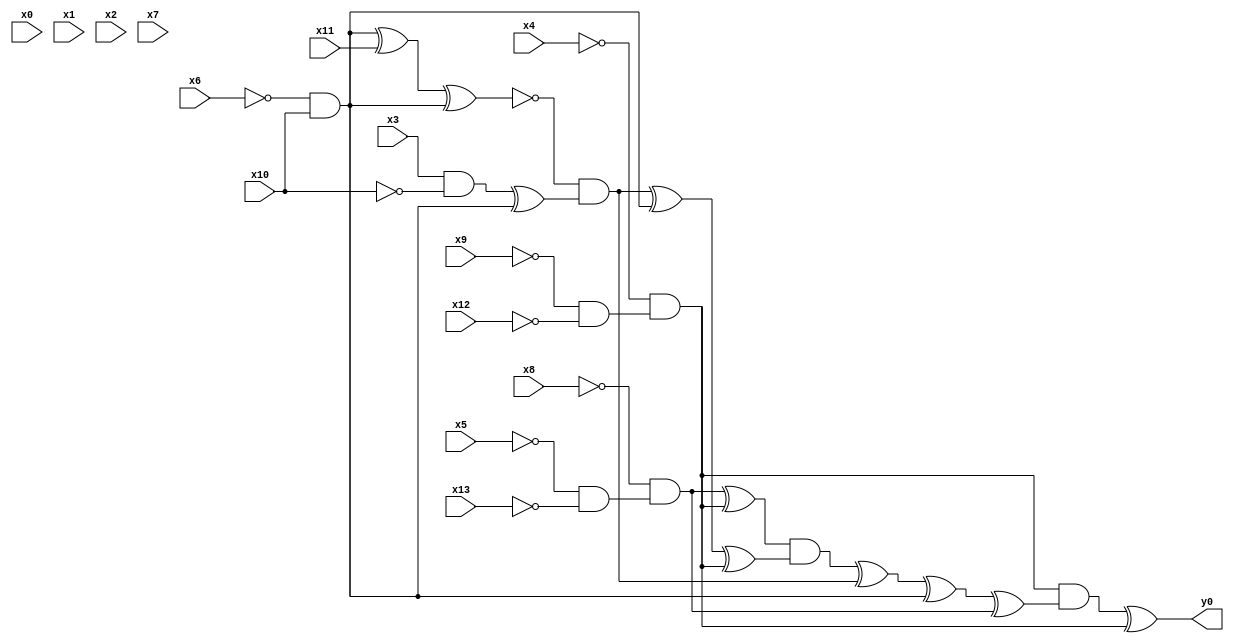
module top( x0 , x1 , x2 , x3 , x4 , x5 , x6 , x7 , x8 , x9 , x10 , x11 , x12 , x13 , y0 );
  input x0 , x1 , x2 , x3 , x4 , x5 , x6 , x7 , x8 , x9 , x10 , x11 , x12 , x13 ;
  output y0 ;
  wire n15 , n16 , n17 , n18 , n19 , n20 , n21 , n22 , n23 , n24 , n25 , n26 , n27 , n28 , n29 , n30 , n31 , n32 , n33 ;
  assign n15 = ~x9 & ~x12 ;
  assign n16 = ~x4 & n15 ;
  assign n17 = ~x5 & ~x13 ;
  assign n18 = ~x8 & n17 ;
  assign n19 = n18 ^ n16 ;
  assign n20 = ~x6 & x10 ;
  assign n21 = n20 ^ x11 ;
  assign n22 = n21 ^ n20 ;
  assign n23 = x3 & ~x10 ;
  assign n24 = n23 ^ n20 ;
  assign n25 = ~n22 & n24 ;
  assign n26 = n25 ^ n20 ;
  assign n27 = n26 ^ n16 ;
  assign n28 = n19 & n27 ;
  assign n29 = n28 ^ n25 ;
  assign n30 = n29 ^ n20 ;
  assign n31 = n30 ^ n18 ;
  assign n32 = n16 & n31 ;
  assign n33 = n32 ^ n16 ;
  assign y0 = n33 ;
endmodule